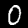
Digit: 0